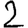
Digit: 2